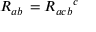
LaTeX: R _ { a b } \, = { R _ { a c b } } ^ { c }